Civil Veterinary Dept. North-West Frontier Province 1901-22 - 1901-1922
Year: 1901
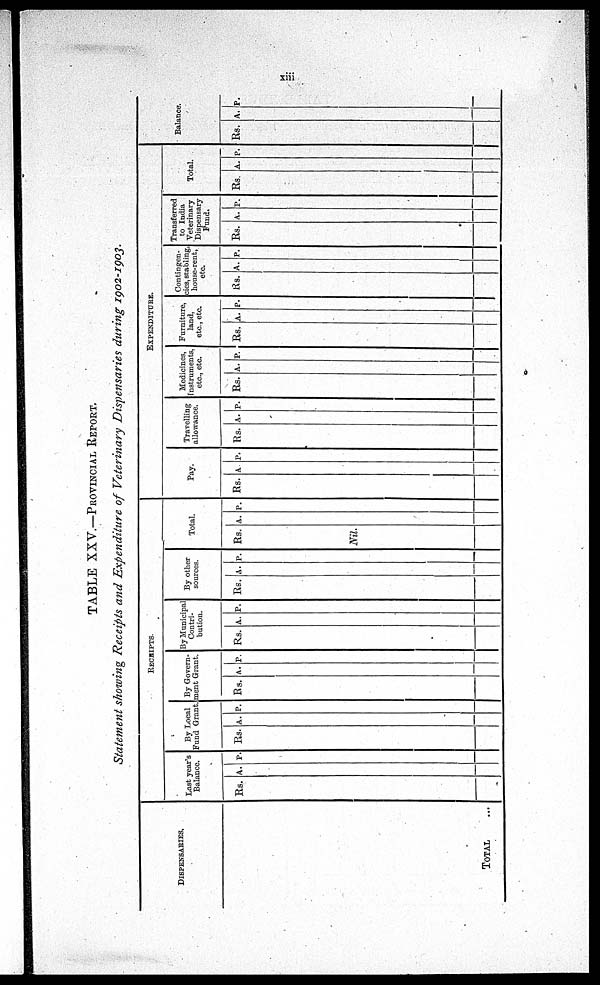
xiii
TABLE XXV.—PROVINCIAL REPORT.
Statement showing Receipts and Expenditure of Veterinary Dispensaries during 1902-1903.
DISPENSARIES.
TOTAL ...
RECEIPTS.
Last year's
Balance.
Rs. A. P.
By Local
Fund Grant.
Rs. A. P.
By Govern-
ment Grant.
Rs. A. P.
By Municipal
Contri-
-------
Rs. A. P.
By other
sources.
Rs. A. P.
Total.
Rs.
Nil.
A. P.
EXPENDITURE.
Pay.
Rs. A. P.
Travelling
allowance.
Rs. A. P.
Medicines
Instruments,
etc., etc.
Rs. A. P.
Furniture
land,
etc., etc.
Rs. A. P.
Contingen
cies, stabling,
house-rent,
etc.
Rs. A. P.
Transferred
to India
Veterinary
Dispensary
Fund.
Rs. A. P.
Total.
Rs. A. P.
Balance.
Rs. A. P.